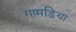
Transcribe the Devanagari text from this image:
गामड़िया